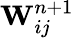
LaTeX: \mathbf{W}_{ij}^{n+1}